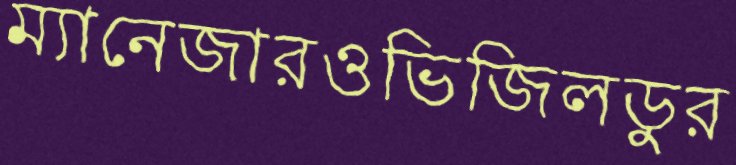
ম্যানেজারওভিজিলডুর